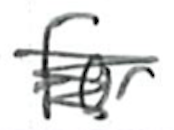
Text: for
Cross-out: mix
Writing tool: ballpoint